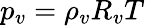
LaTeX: p_{v}=\rho_{v}R_{v}T